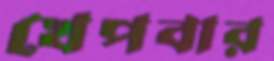
খেপবার